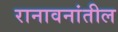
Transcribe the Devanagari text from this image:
रानावनांतील